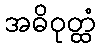
အဓိဝုတ္ထံ